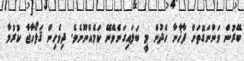
ބޭރުން ވަންނަގޮތަށް ފާޚާނާ ހެދުން މީ ބަލައިގަނެވޭނޭ ކަމެއްނޫނެވެ. ދިވެހިން ޤަލޯހާޖާ ކުރުމާ